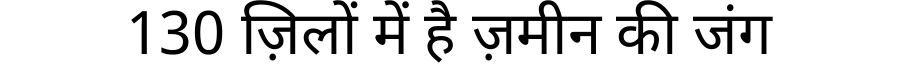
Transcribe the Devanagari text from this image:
130 ज़िलों में है ज़मीन की जंग